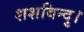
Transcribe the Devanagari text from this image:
शशबिन्दु।